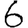
Digit: 6